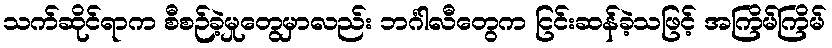
သက်ဆိုင်ရာက စီစဉ်ခဲ့မှုတွေမှာလည်း ဘင်္ဂါလီတွေက ငြင်းဆန်ခဲ့သဖြင့် အကြိမ်ကြိမ်